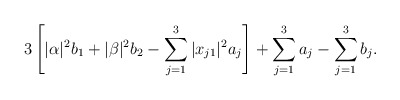
\begin{align*}3\left[|\alpha|^2 b_1 + |\beta|^2 b_2 - \sum_{j=1}^3 |x_{j1}|^2 a_j\right] + \sum_{j=1}^3 a_j - \sum_{j=1}^3 b_j.\end{align*}